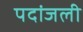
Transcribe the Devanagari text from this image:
पदांजली